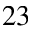
^ { 2 3 }